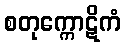
စတုက္ကောဋိကံ